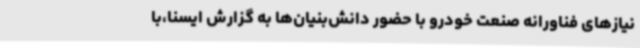
نیازهای فناورانه صنعت خودرو با حضور دانش‌بنیان‌ها به گزارش ایسنا،با